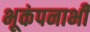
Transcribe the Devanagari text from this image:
भूकंपनाभी